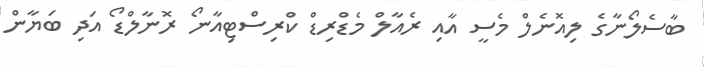
ބާސެލޯނާގެ ލިއޮނެލް މެސީ އާއި ރެއާލް މެޑްރިޑް ކްރިސްޓިއާނޯ ރޮނާލްޑޯ އަދި ބަޔާން